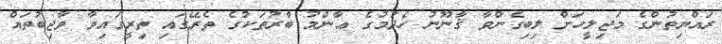
ރައްޔިތުންގެ މަޖިލީހަށް ލިބިގެންވާ ޤާނޫނު ހެދުމުގެ ޢާންމު ބާރުތަކުގެ ތެރޭގައި ތިރީގައިވާ ވާޖިބުތައް